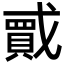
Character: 𫼇